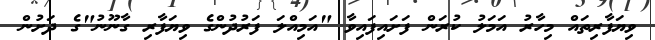
ވިޔަފާރިތައް މިހާރު އަމަލު ކުރަން ފަށައިފައިވާ "އަމިއްލަ ފަރުދުންގެ ވިޔަފާރި ގާނޫނު"ގެ ދަށުން